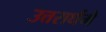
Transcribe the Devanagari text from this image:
उत्तरार्धमे